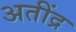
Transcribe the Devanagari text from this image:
अतींद्र